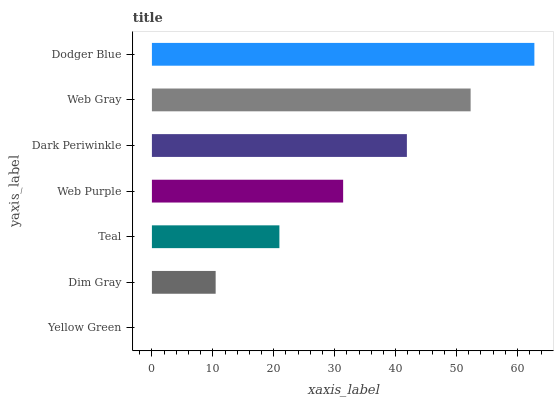
| yaxis_label | bars |
 | --- | --- |
 | Yellow Green | 0 |
 | Dim Gray | 10.5 |
 | Teal | 20.9 |
 | Web Purple | 31.4 |
 | Dark Periwinkle | 41.8 |
 | Web Gray | 52.3 |
 | Dodger Blue | 62.8 |